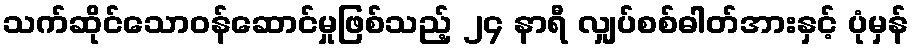
သက်ဆိုင်သောဝန်ဆောင်မှုဖြစ်သည့် ၂၄ နာရီ လျှပ်စစ်ဓါတ်အားနှင့် ပုံမှန်